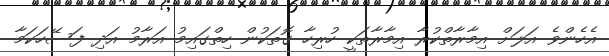
އެހެންވެ އަލަށް އިމާރާތްކުރާ އިމާރާތަކީ ހުރިހާ ގޮތަކުން ހިތްގައިމު އަރާމު އަދި ފަސޭހަކަމާ